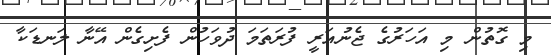
މި ގޮތުން މި އަހަރުގެ ޖެނުއަރީ ފުރަތަމަ ދުވަހުން ފެށިގެން އޭނާ ލަނޑަކާ